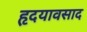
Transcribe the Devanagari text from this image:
हृदयावसाद